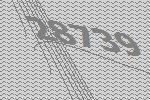
28739